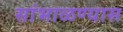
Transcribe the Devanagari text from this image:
सांभाळण्‍यास